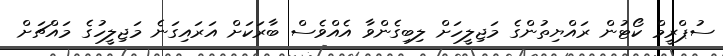
ސުޕްރީމް ކޯޓުން ރައްޔިތުންގެ މަޖިލީހަށް ލިބިގެންވާ އެއްވެސް ބާރަކަށް އަރައިގަނެ މަޖިލީހުގެ މައްޗަށް